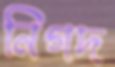
নিগদ